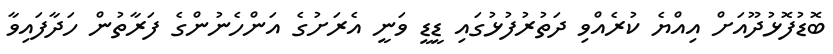
ބޮޑުފޮޅުދޫއަށް އިއްޔެ ކުރެއްވި ދަތުރުފުޅުގައި ޑީޑީ ވަނީ އެރަށުގެ އަންހެނުންގެ ފަރާތުން ހަދާފައިވާ